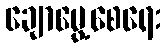
ချောမွေ့စေရေး